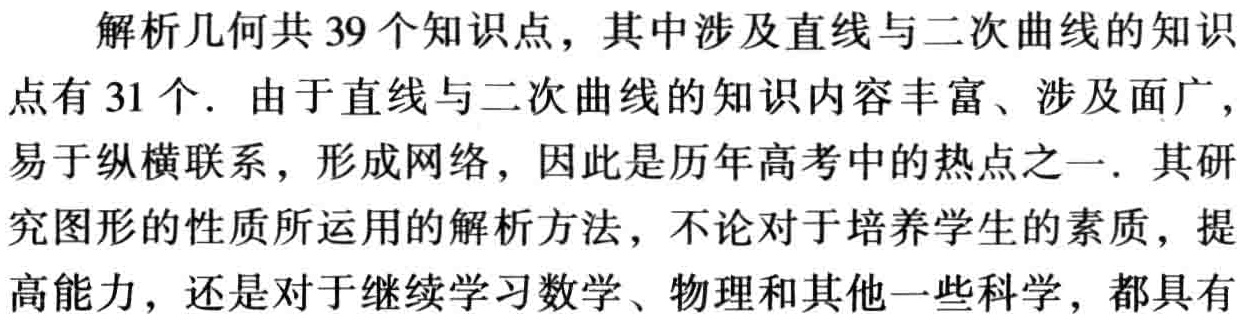
解析几何共 39 个知识点，其中涉及直线与二次曲线的知识点有 31 个. 由于直线与二次曲线的知识内容丰富、涉及面广，易于纵横联系，形成网络，因此是历年高考中的热点之一. 其研究图形的性质所运用的解析方法，不论对于培养学生的素质，提高能力，还是对于继续学习数学、物理和其他一些科学，都具有